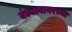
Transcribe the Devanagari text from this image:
वंध्यत्वावरच्या